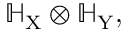
\mathbb { H } _ { \mathrm { X } } \otimes \mathbb { H } _ { \mathrm { Y } } ,